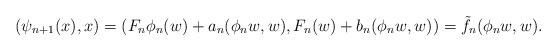
LaTeX: \begin{align*} (\psi_{n+1}(x),x)=(F_{n}\phi_{n}(w)+a_{n}(\phi_{n}w,w),F_{n}(w)+b_{n}(\phi_{n}w,w))= \tilde{f}_{n}(\phi_{n}w,w).\end{align*}